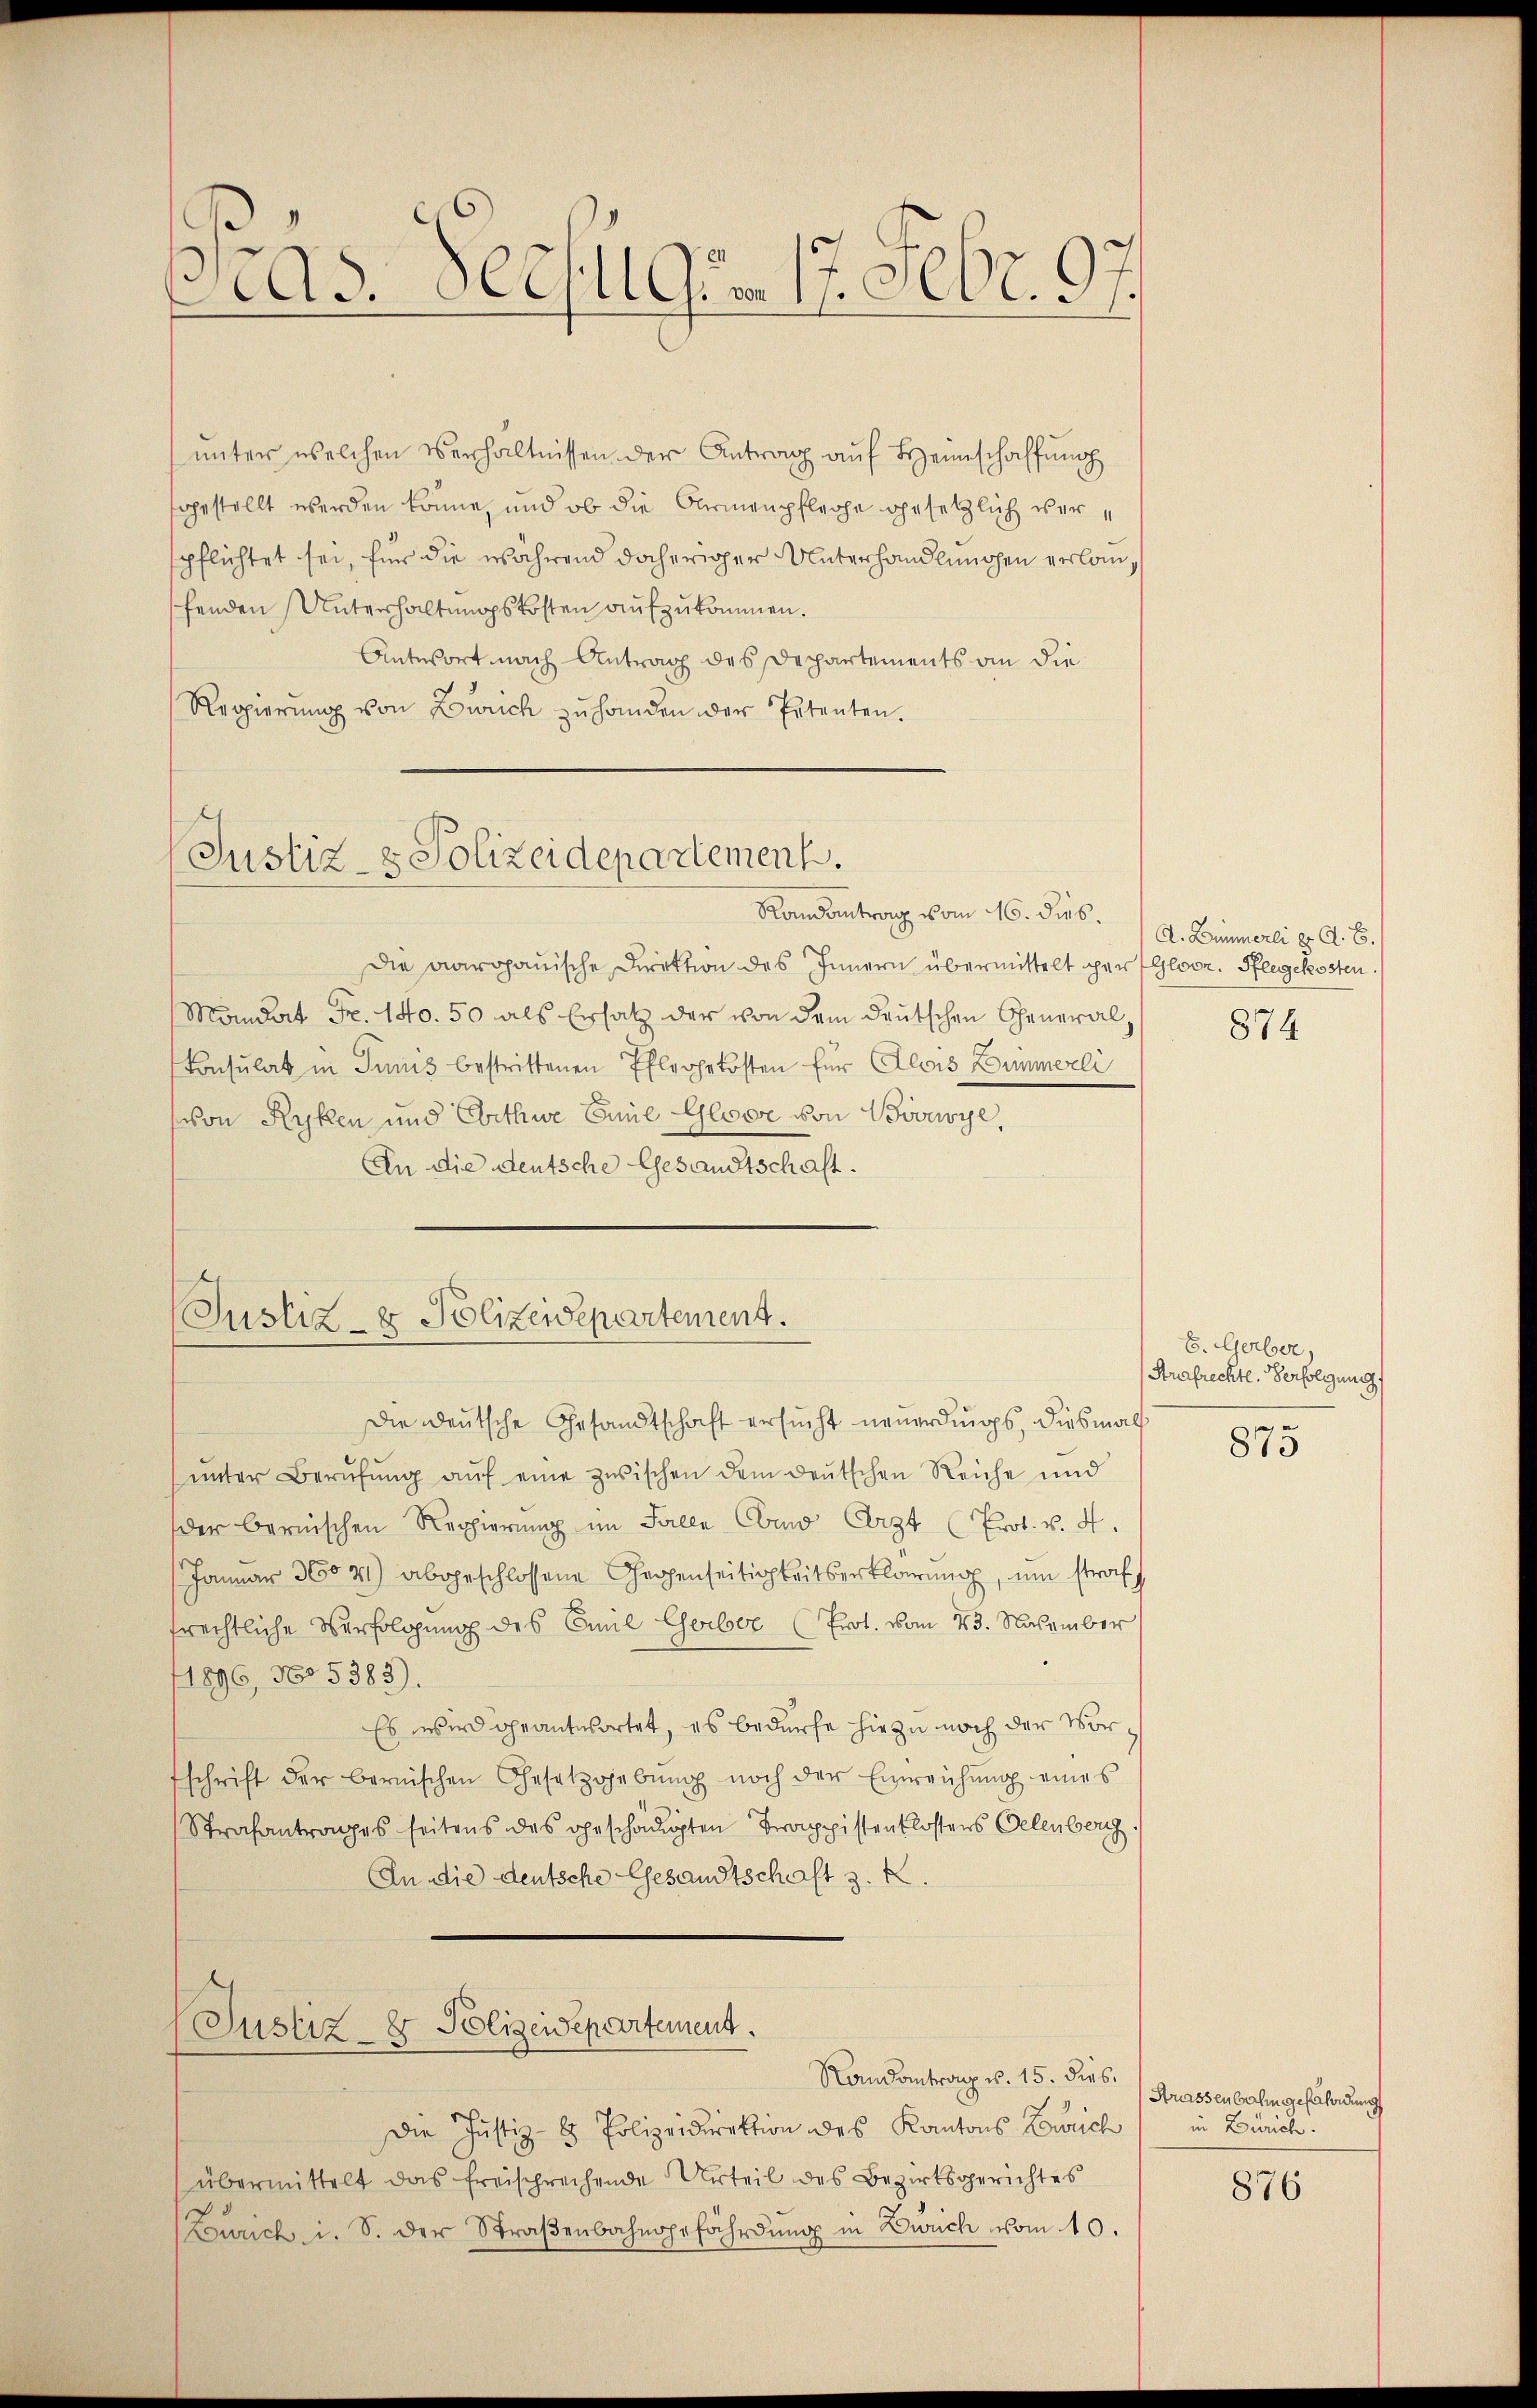
Pras. Deczugs- 17. Febr. 97.

unter welchen Verhältnissen der Antrag auf Heinschaffung
fgestellt werden könne, und ob die Carmenpflege gesetzlich verspflichtet sei, für die während daheriger Unterhandlungen erlanfenden Unterhaltungskosten aufzukommen.
Antwort nach Antrag des Departements an die
Regierŭng von Zürich zŭ handen der Petenten.

Justiz- & Polizeidepartement.

Randantrag vom 16. dies.
Die aargauische Direktion des Innern übermittelt der Gloor. Pflegekosten.
Mandat Fr. 140. 50 als Ersatz der von dem deutschen General¬
Consulat in Junius bestrittenen Pfleghetösten für Alois Zimmerli
von Ryklen und Erthwe Eine Gloor von Boveye,
An die deutsche Gesandtschaft.

(Justiz- & Polizeidepartement.

(Justiz- & Polizeidepartement.

Randantrag u. 15. dies.
Die Justiz- & Polizeidirektion des Kantons Gewich in Zürich
übermittelt das freisprechende Urteil des Bezirksgerichtes
Zürich i. S. der Straβenbahngefährdung in Zürich vom 10.

Die deutsche Gesandtschaft ersucht neuerdings, diesmals
ŭnter Berŭfŭng aŭf eine zwischen dem deŭtschen Reiche und
der bernischen Regierŭng im Falle Como Carzt (Prot. v. 4.
Januar 3604) abgeschlossene Gegenseitigkeitserklärung, um straf f
frechtliche Verfolgung des Emil Gerber (Prot. vom 23. November
1896, No 5383)
Es wird geantwortet, es bedürfe hiezu noch der Vorschrift der bernischen Gesetzgebung noch der Einreichŭng eines
Strafantrages seitens des geschädigten Trappisten Klostens Gelenberg
An die deutsche Gesandtschaft z. K.

A. Zimmerli er d. 6.

874

E. Gerber
Strafrechte. Verfolgung

875

Strassenbahn gefährdung

876